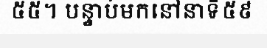
៥៥។ បន្ទាប់មកនៅនាទី៥៩